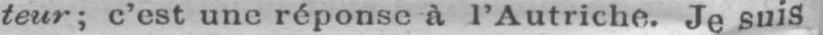
teur; c’est une réponse à l’Autriche. Je suis